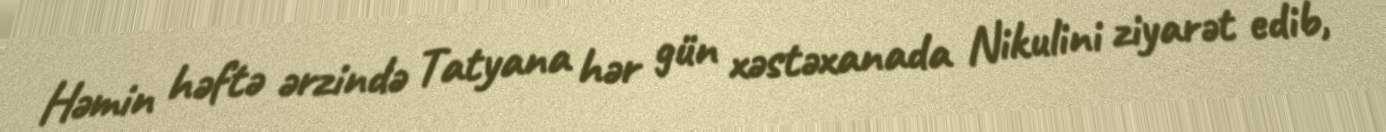
Həmin həftə ərzində Tatyana hər gün xəstəxanada Nikulini ziyarət edib,